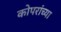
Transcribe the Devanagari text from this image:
कोपरांच्या